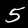
Label: 5